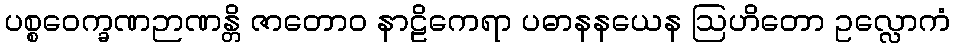
ပစ္စဝေက္ခဏဉာဏန္တိ ဇာတောဝ နာဠိကေရာ ပဓာနနယေန ဩဟိတော ဥလ္လောကံ